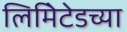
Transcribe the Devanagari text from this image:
लिमिेटेडच्या